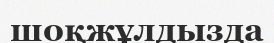
шоқжұлдызда